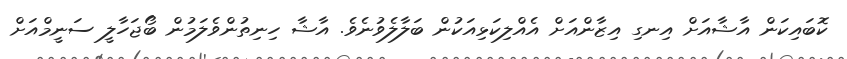
ކޮބައިކަން އާޝާއަށް އިނގި އިޒާންއަށް އެއްލިކަޅިއަކުން ބަލާލެވުނެވެ. އާޝާ ހިނިތުންވެލަމުން ބޯޖަހާލީ ސަނީމްއަށް